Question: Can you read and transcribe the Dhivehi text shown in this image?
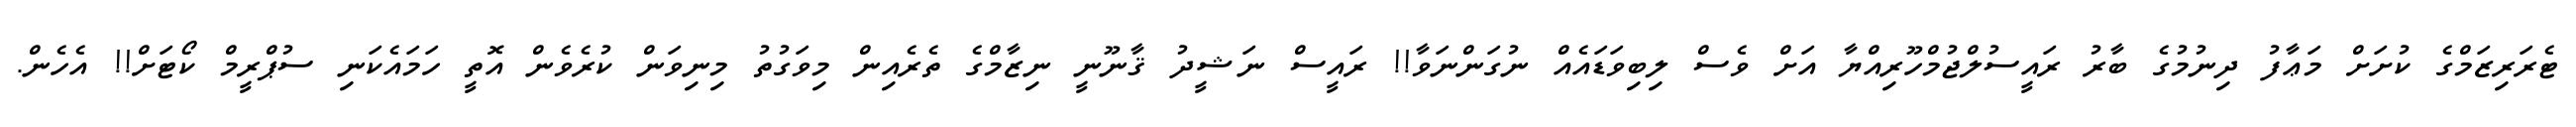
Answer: ޓެރަރިޒަމްގެ ކުށަށް މަޢާފު ދިނުމުގެ ބާރު ރައީސުލްޖުމްހޫރިއްޔާ އަށް ވެސް ލިބިވަޑައެއް ނުގަންނަވާ!! ރައީސް ނަޝީދު ޤާނޫނީ ނިޒާމްގެ ތެރެއިން މިވަގުތު މިނިވަން ކުރެވެން އޮތީ ހަމައެކަނި ސުޕްރީމް ކޯޓަށް!! އެހެން.